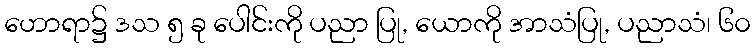
ဟောရာ၌ ဒသ ၅ ခု ပေါင်းကို ပညာ ပြု, ယောကို အာသံပြု, ပညာသံ၊ ၆၀